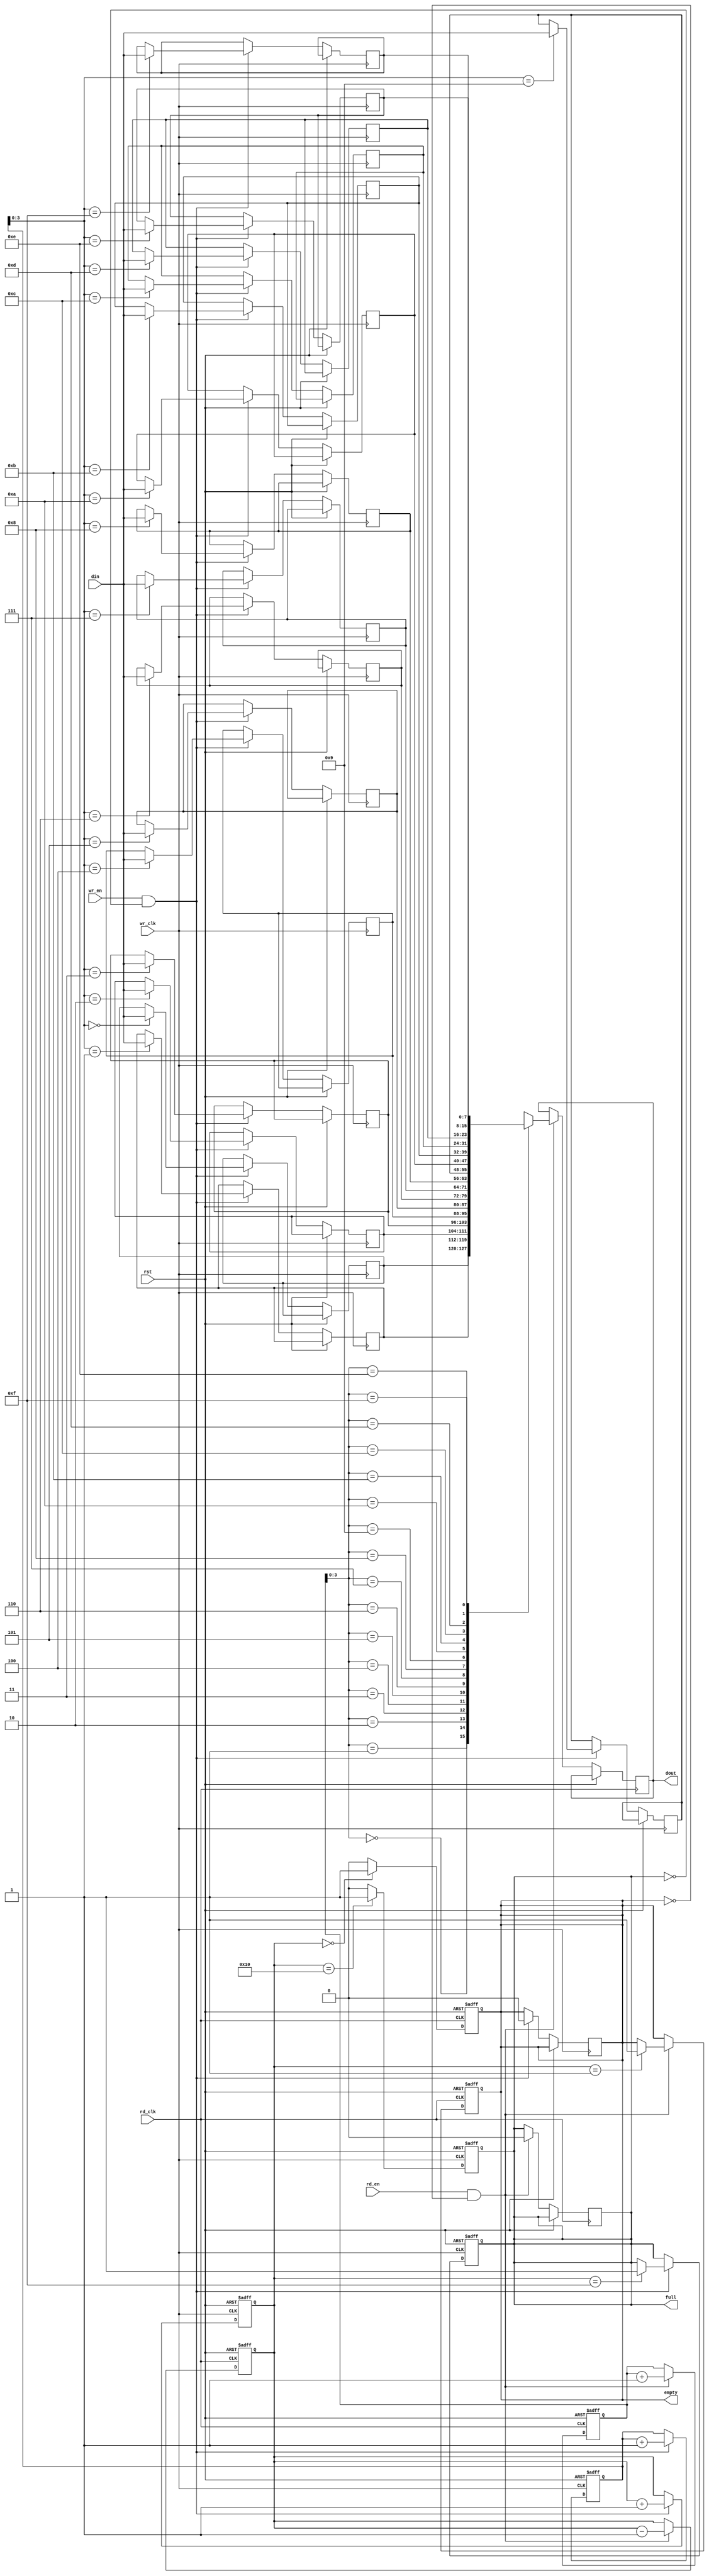
module fifo_sync #(
    parameter DATA_WIDTH = 8,  // Width of the data
    parameter FIFO_DEPTH = 16   // Depth of the FIFO
)(
    input wire wr_clk,           // Write clock (source clock domain)
    input wire rd_clk,           // Read clock (destination clock domain)
    input wire rst,              // Asynchronous reset
    input wire wr_en,            // Write enable signal
    input wire rd_en,            // Read enable signal
    input wire [DATA_WIDTH-1:0] din, // Data input
    output reg [DATA_WIDTH-1:0] dout, // Data output
    output reg full,             // FIFO full indicator
    output reg empty             // FIFO empty indicator
);

    // FIFO buffer
    reg [DATA_WIDTH-1:0] fifo_mem [0:FIFO_DEPTH-1];
    reg [4:0] wr_ptr;           // Write pointer
    reg [4:0] rd_ptr;           // Read pointer
    reg [4:0] count;            // Number of items in the FIFO

    // Write logic
    always @(posedge wr_clk or posedge rst) begin
        if (rst) begin
            wr_ptr <= 0;
            count <= 0;
            full <= 0;
        end else begin
            if (wr_en && !full) begin
                fifo_mem[wr_ptr] <= din;
                wr_ptr <= wr_ptr + 1;
                count <= count + 1;
                if (count == FIFO_DEPTH - 1) begin
                    full <= 1;
                end
                empty <= 0;
            end
        end
    end

    // Read logic
    always @(posedge rd_clk or posedge rst) begin
        if (rst) begin
            rd_ptr <= 0;
            count <= 0;
            empty <= 1;
        end else begin
            if (rd_en && !empty) begin
                dout <= fifo_mem[rd_ptr];
                rd_ptr <= rd_ptr + 1;
                count <= count - 1;
                if (count == 1) begin
                    empty <= 1;
                end
                full <= 0;
            end
        end
    end

    // Status signal updates
    always @(posedge wr_clk or posedge rst) begin
        if (rst) begin
            full <= 0;
        end else begin
            if (count == FIFO_DEPTH) begin
                full <= 1;
            end else begin
                full <= 0;
            end
        end
    end

    always @(posedge rd_clk or posedge rst) begin
        if (rst) begin
            empty <= 1;
        end else begin
            if (count == 0) begin
                empty <= 1;
            end else begin
                empty <= 0;
            end
        end
    end

endmodule